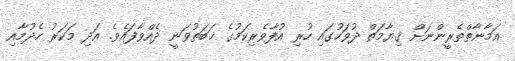
އަމާނާތްތެރީންނަށް ޤިޔާމަތް ދުވަހުގައި ހުރި އުފާވެރިކަމުގެ ޚަބަތުވަނީ ދެއްވާފައެވެ. އަދި މަކަރު ހެދުމާއި